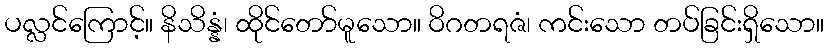
ပလ္လင်ကြောင့်။ နိသိန္နံ၊ ထိုင်တော်မူသော။ ဝိဂတရဇံ၊ ကင်းသော တပ်ခြင်းရှိသော။